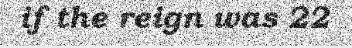
if the reign was 22